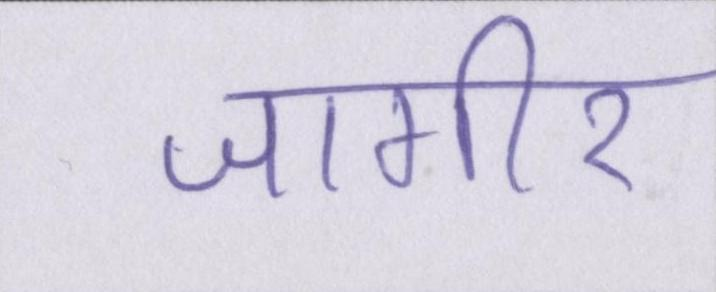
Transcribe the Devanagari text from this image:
जागीर